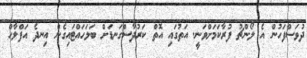
ދުވަސްފަހުން އެ ލޯންޗު ފުރާކަމަށްވަނީ. އަތުގައި އޮތް ކަރުދާސްގަނޑަށް ބަލަހައްޓައިގެން އިނދެ އަފްލާހް